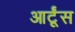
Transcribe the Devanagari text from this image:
आर्टूंस